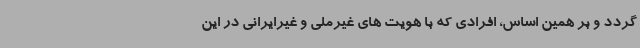
گردد و بر همین اساس، افرادی که با هویت های غیرملی و غیرایرانی در این